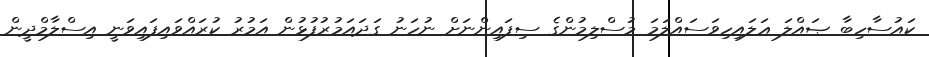
ކައުސާހިބާ ޞައްލަ ޢަލައިހިވަސައްލަމަ މުސްލިމުންގެ ސިފައިންނަށް ނުހަނު ގަދައަމުރުފުޅުން އަމުރު ކުރައްވައިފައިވަނީ އިސްލާމްދީން